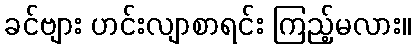
ခင်ဗျား ဟင်းလျာစာရင်း ကြည့်မလား။